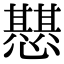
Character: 𢤵